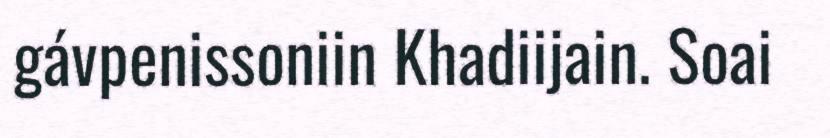
gávpenissoniin Khadiijain. Soai